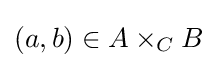
(a,b)\in A\times _{C}B